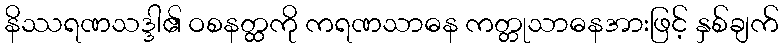
နိဿရဏသဒ္ဒါ၏ ဝစနတ္ထကို ကရဏသာဓန ကတ္တုသာဓနအားဖြင့် နှစ်ချက်